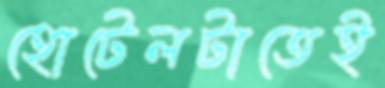
হোটেলটাতেই